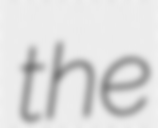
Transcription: the